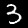
Digit: 3